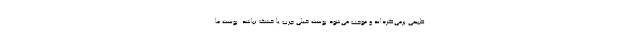
طبیعی برمی‌گرداند و موجب می‌شود پوست خیلی چرب یا خشک نباشد. پوست ما